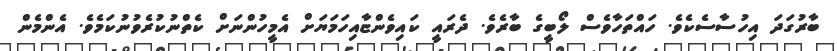
ބާރުގަދަ އިހުސާސެކެވެ. ހައްތަހާވެސް ލޯބީގެ ބާރެވެ. ދެރައީ ކައިވެންޏާއިހަމަޔަށް އެމީހުންނަށް ކެތްނުކުރެވުނުކަމެވެ. އެންމެން